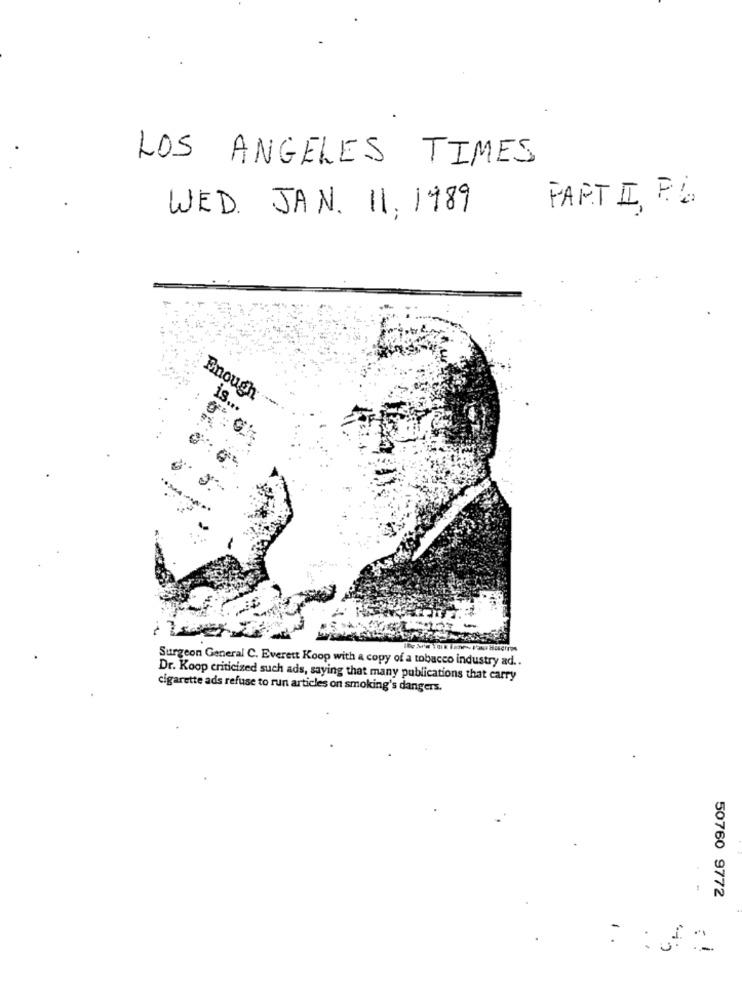
LOS ANGELES TIMES
WED. JAN. 11, 1989
PARTI, RU
Enough
is ...
Surgeon General C. Everett Koop with a copy of a tobacco industry ad ..
Dr. Koop criticized such ads, saying that many publications that carry
cigarette ads refuse to run articles on smoking's dangers.
50760 9772
1